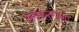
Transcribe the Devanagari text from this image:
अशकतपणा